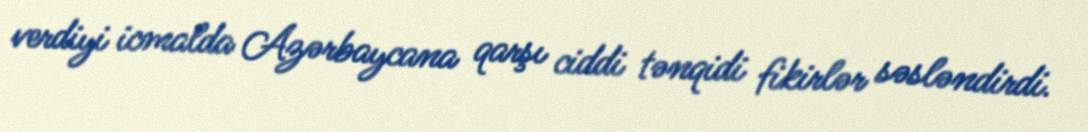
verdiyi icmalda Azərbaycana qarşı ciddi tənqidi fikirlər səsləndirdi.